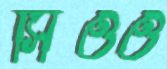
সিওও